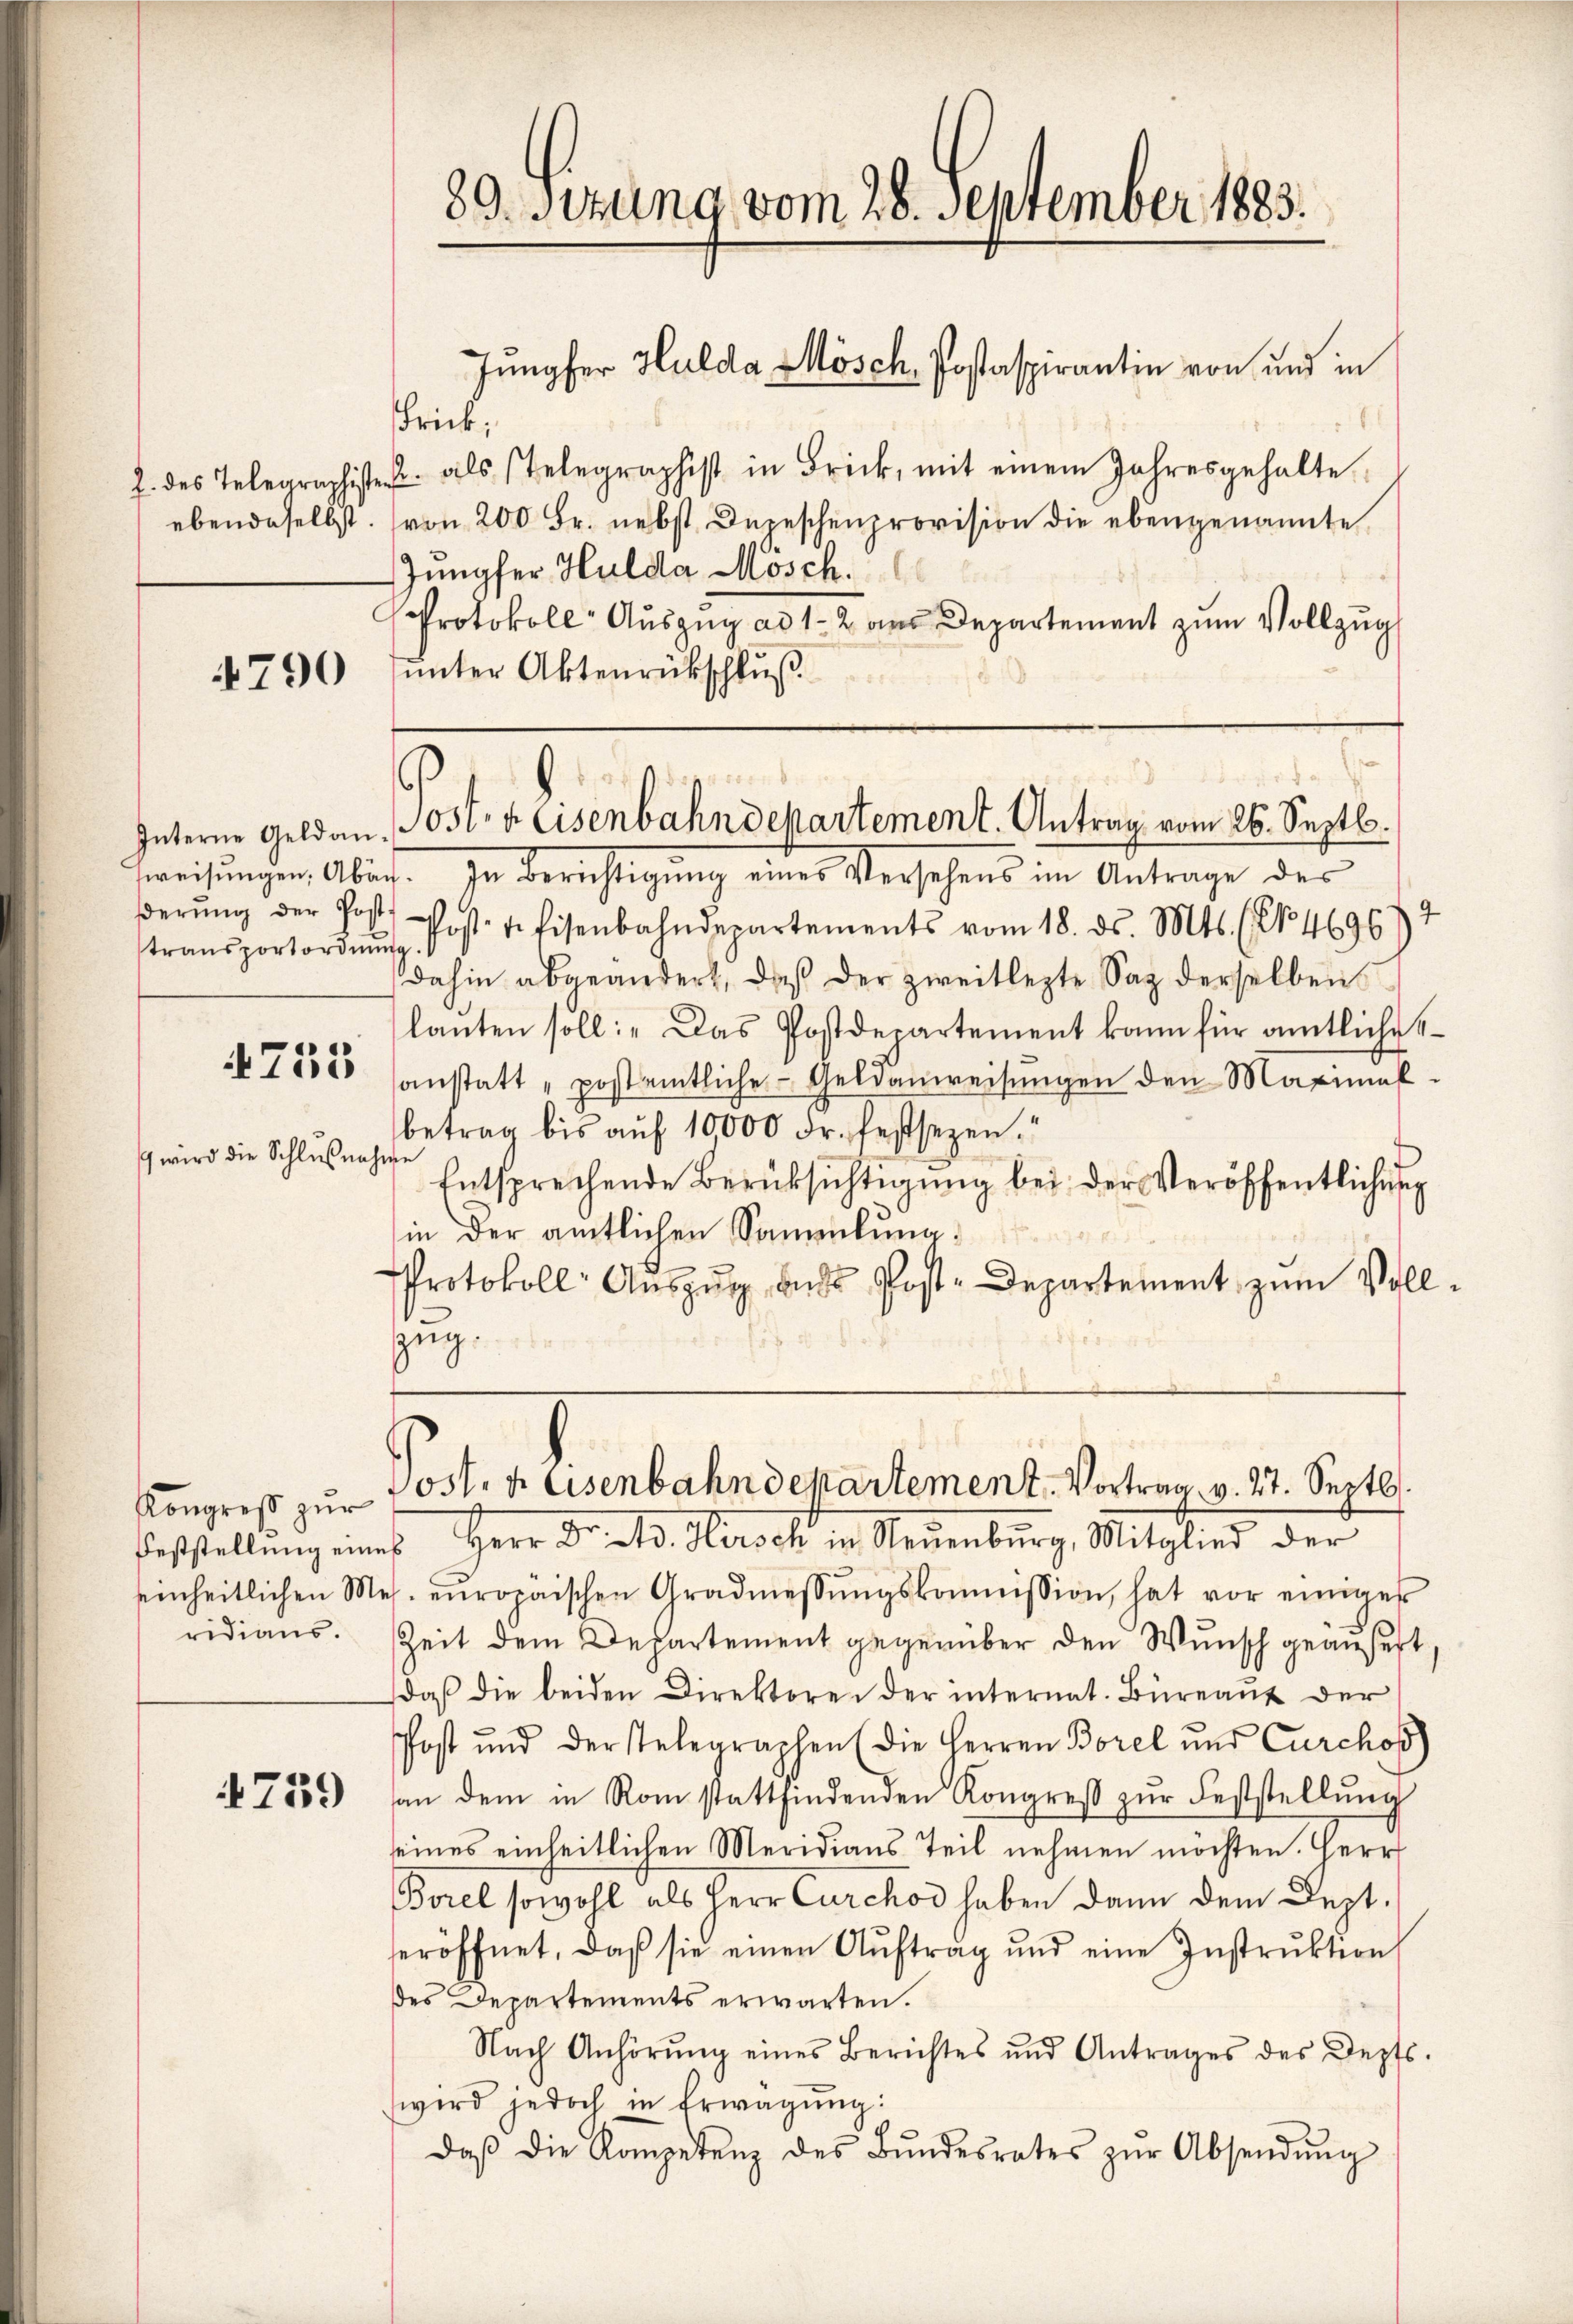
4790

transportordnŭng.

1
4715

wird die Schlußnahme

Kongreß zur
ridians.

759

89. Sitzung vom 28. September 1883.

weisungen Abig. In Berichtigung einer Verschens in Antrage der
βerŭng der Post. Post- reisenbahndepartements vom 18. ds. Mts. (N. 46967
dahin abgeändert, daß der zweitlegte Sag derselben
lanten soll: "Das Postdepartement kann für amtliches
sanstatt „postentliche Geldanweisŭngen den Maximal-
betrag bis auf 10000 Fr. festsezen.“
Entsprechende Berücksichtigŭng bei der Veröffentlichung
in der amtlichen Sammlung:
Protokoll Aŭszŭg aŭs Post-Departement zum Vollzug.

Frick;
8
f. des Telegraphister als Telegraphist in Brick, mit einem Jahresgehalte
ebendaselbst. (von 200 Fr. nebst Depeschenprovision die ebengenannte
Jungfer Hulda Mosch
Protokoll Auszug ad 1-2 aus Departement zum Vollzug
unter Aktenrückschluß

Jungfer Hulda Mösch, Postaspirantin von und in

Interne Geldan Post v. Eisenbahndepartement. Antrag vom 26. Septb.

Posten Eisenbahndepartement. Vortrag v. 27. Septb.
Feststellung eines Herr Dr. A. Hirsch in Neuenburg, Mitglied der

seinheitlichen Mes. europäischen Gradmessŭngskommission, hat vor einiges
Zeit dem Departement gegenüber den Wunsch geäußert
daß die beiden Direktoren der internat. Büreaŭs der
Post und der stelegraphen (die Herren Borel und Carchoß)
an dem in Rom stattfindenden Kongreβ zŭr Feststellŭng
seines einheitlichen Meridians Teil nehmen möchten. Herr
Borel sowohl als Herr Curchod haben dann dem Dept.
seröffnet, daß sie einen Aŭftrag und eine Instrŭktion
des Departements erwarten.
Nach Anhörŭng eines Berichtes und Antrages des Depts-
wird jedoch in Erwägŭng:
daβ die Kompetenz des Bŭndesrates zŭr Absendŭng